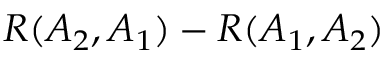
R ( A _ { 2 } , A _ { 1 } ) - R ( A _ { 1 } , A _ { 2 } )